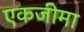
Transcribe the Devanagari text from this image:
एकजीमा